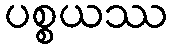
ပစ္စယဿ